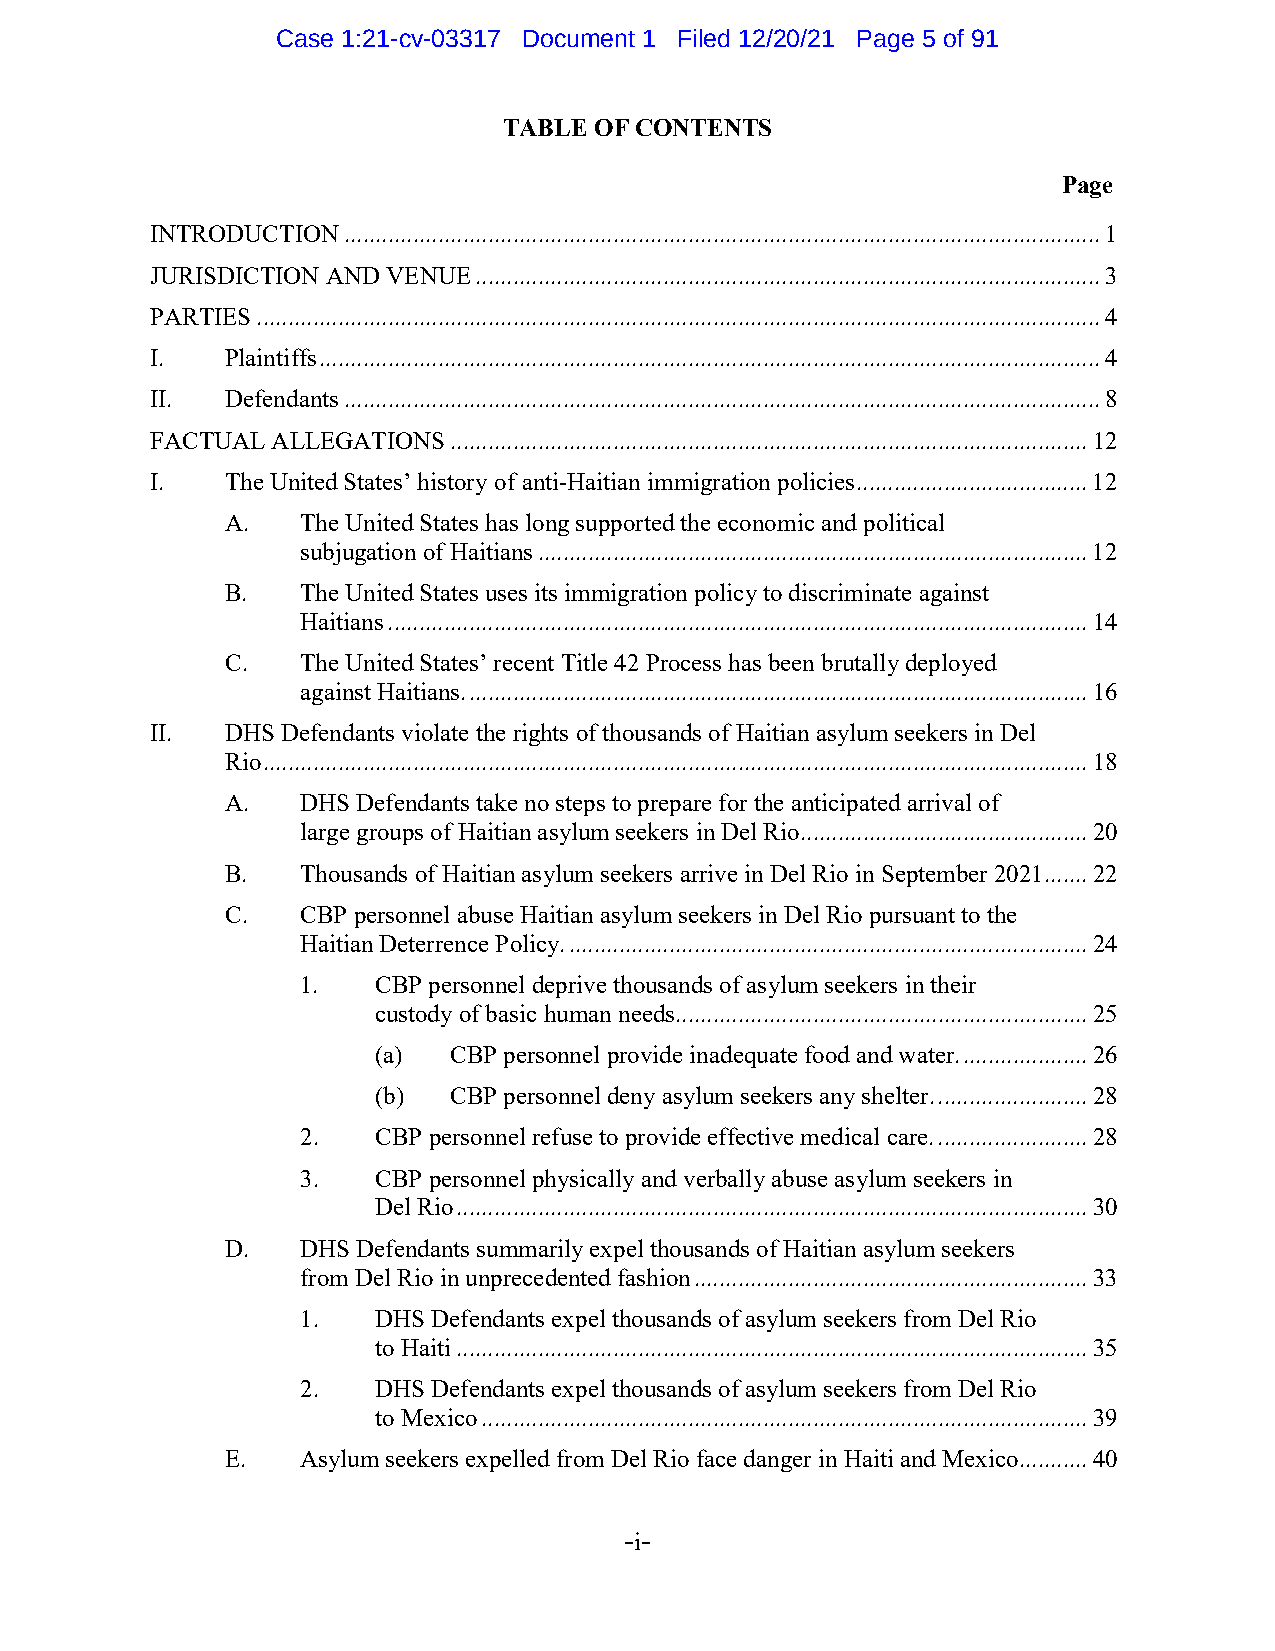
Case 1:21-cv-03317 Document 1 Filed 12/20/21 Page 5 of 91
 TABLE OF CONTENTS
 Page
 INTRODUCTION ......................................................................................................................... 1
 JURISDICTION AND VENUE .................................................................................................... 3
 PARTIES ....................................................................................................................................... 4
 I.   Plaintiffs ............................................................................................................................. 4
 II.  Defendants ......................................................................................................................... 8
 FACTUAL ALLEGATIONS ...................................................................................................... 12
 I.   The United States’ history of anti-Haitian immigration policies ..................................... 12
 A.   The United States has long supported the economic and political
 subjugation of Haitians ........................................................................................ 12
 B.   The United States uses its immigration policy to discriminate against
 Haitians ................................................................................................................ 14
 C.   The United States’ recent Title 42 Process has been brutally deployed
 against Haitians. ................................................................................................... 16
 II.  DHS Defendants violate the rights of thousands of Haitian asylum seekers in Del
 Rio .................................................................................................................................... 18
 A.   DHS Defendants take no steps to prepare for the anticipated arrival of
 large groups of Haitian asylum seekers in Del Rio .............................................. 20
 B.   Thousands of Haitian asylum seekers arrive in Del Rio in September 2021 ....... 22
 C.   CBP personnel abuse Haitian asylum seekers in Del Rio pursuant to the
 Haitian Deterrence Policy. ................................................................................... 24
 1.   CBP personnel deprive thousands of asylum seekers in their
 custody of basic human needs.................................................................. 25
 (a)  CBP personnel provide inadequate food and water. .................... 26
 (b)  CBP personnel deny asylum seekers any shelter. ........................ 28
 2.   CBP personnel refuse to provide effective medical care. ........................ 28
 3.   CBP personnel physically and verbally abuse asylum seekers in
 Del Rio ..................................................................................................... 30
 D.   DHS Defendants summarily expel thousands of Haitian asylum seekers
 from Del Rio in unprecedented fashion ............................................................... 33
 1.   DHS Defendants expel thousands of asylum seekers from Del Rio
 to Haiti ..................................................................................................... 35
 2.   DHS Defendants expel thousands of asylum seekers from Del Rio
 to Mexico ................................................................................................. 39
 E.   Asylum seekers expelled from Del Rio face danger in Haiti and Mexico........... 40
 -i-